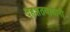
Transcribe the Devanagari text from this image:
दहशतवाद्यानी